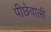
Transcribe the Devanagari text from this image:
पीछेवाली